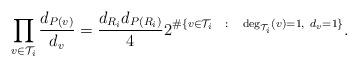
LaTeX: \begin{align*} \prod_{v\in \mathcal{T}_i}\frac{d_{P(v)}}{d_v}=\frac{d_{R_i}d_{P(R_i)}}{4}2^{\#\{v\in \mathcal{T}_i~~\colon~~\textup{deg}_{\mathcal{T}_i}(v)=1,~d_{v}=1 \}}.\end{align*}